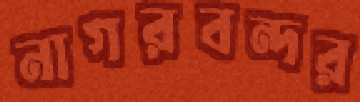
নাগরবন্দর